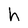
Character: h